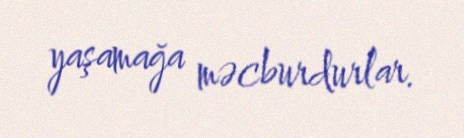
yaşamağa məcburdurlar.